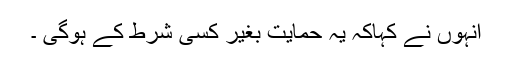
انہوں نے کہاکہ یہ حمایت بغیر کسی شرط کے ہوگی ۔